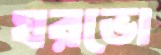
ঘরভো